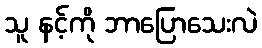
သူ နင့်ကို ဘာပြောသေးလဲ